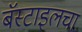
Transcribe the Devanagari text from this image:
बॅस्टाइलचा